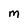
Character: M